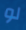
لو